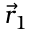
\vec { r } _ { 1 }